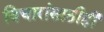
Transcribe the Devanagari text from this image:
विचारांसाठीही